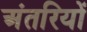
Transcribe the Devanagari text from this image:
अंतरियों